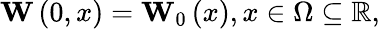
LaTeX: \mathbf{W}\left(0,x\right)={{\mathbf{W}}_{0}}\left(x\right),x\in\Omega\subseteq\mathbb{R},